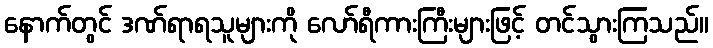
နောက်တွင် ဒဏ်ရာရသူများကို လော်ရီကားကြီးများဖြင့် တင်သွားကြသည်။